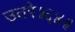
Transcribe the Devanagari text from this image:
उतरे॥६४॥